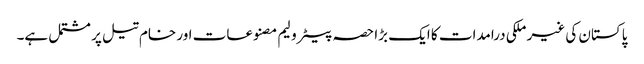
پاکستان کی غیر ملکی درامدات کا ایک بڑا حصہ پیٹرولیم مصنوعات اور خام تیل پر مشتمل ہے۔